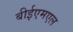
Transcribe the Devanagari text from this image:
बीईएमएल